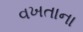
વખતાના